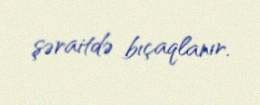
şəraitdə bıçaqlanır.